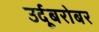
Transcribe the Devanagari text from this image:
उर्दूबरोबर